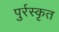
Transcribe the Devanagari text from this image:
पुर्रस्कृत